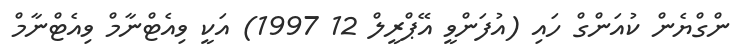
ންގްޔެން ކުއަންގް ހައި (އުފަންވީ އޭޕްރީލް 12 1997) އަކީ ވިއެޓްނާމް ވިއެޓްނާމް